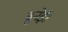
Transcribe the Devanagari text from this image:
ब्रुनेई।